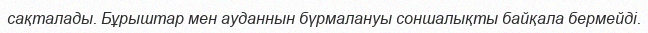
сақталады. Бұрыштар мен ауданнын бүрмалануы соншалықты байқала бермейді.